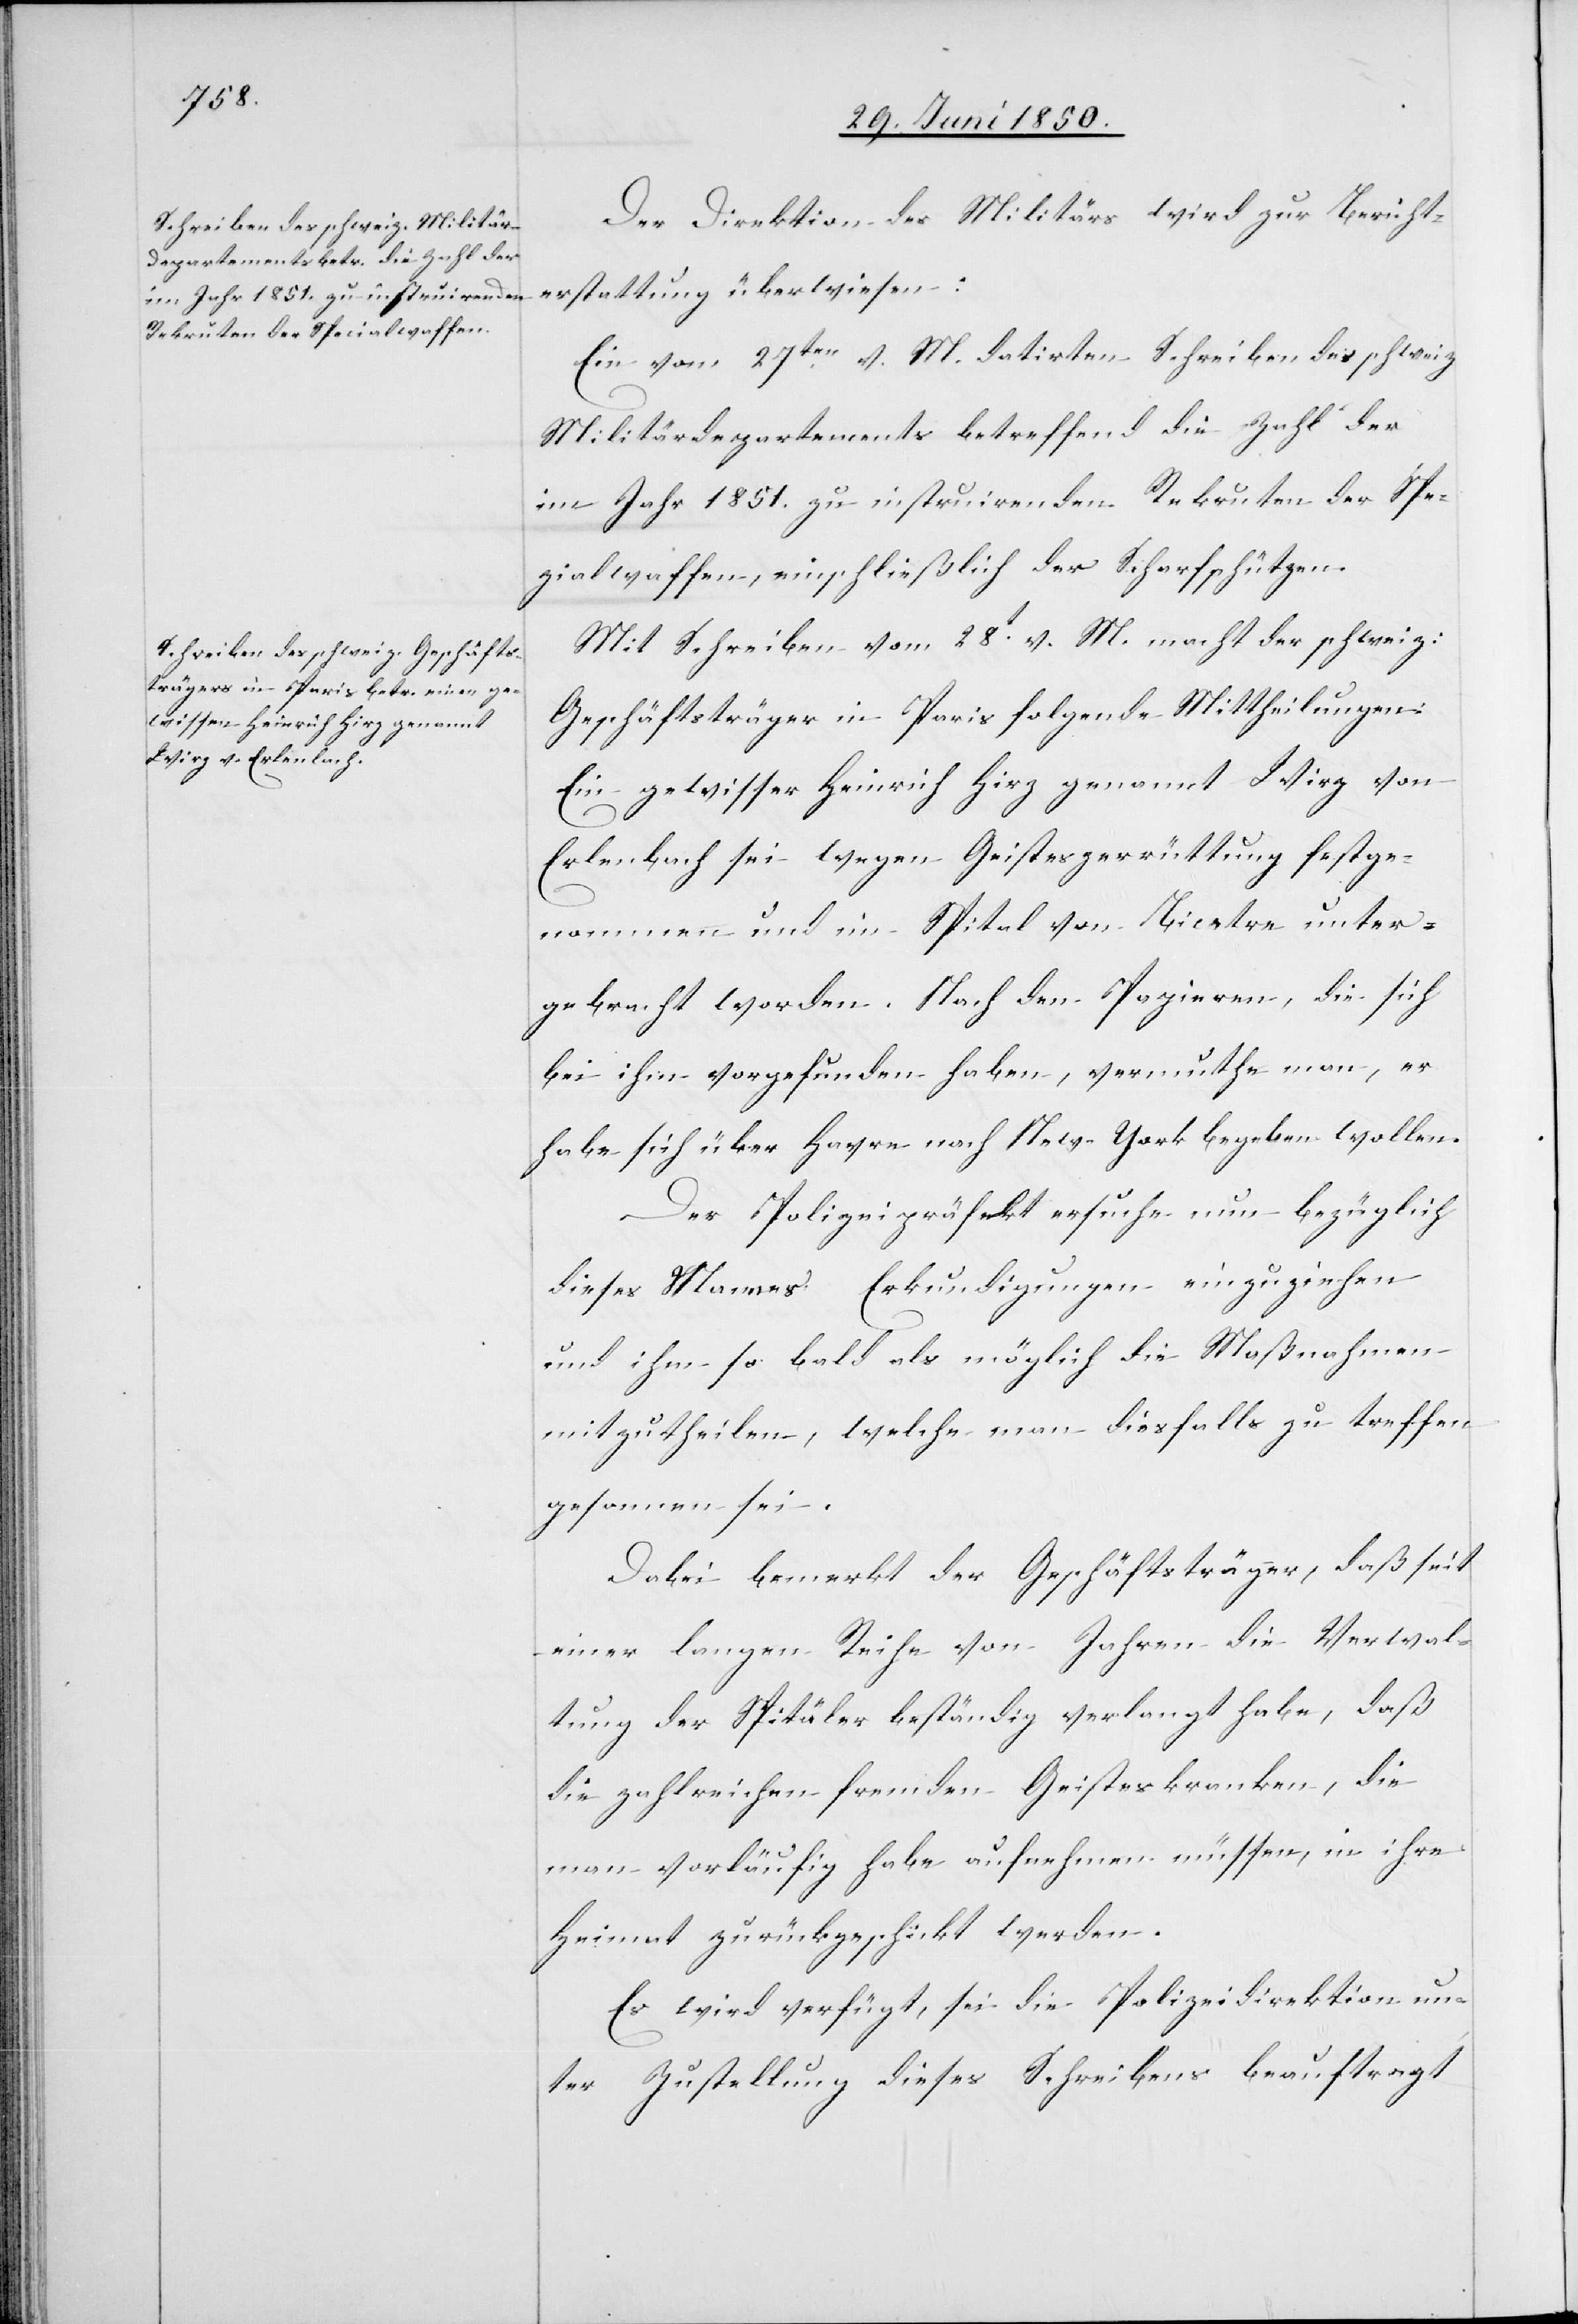
1. Juli 1850.]
Der Direktion des Militärs wird zur Bericht¬
erstattung überwiesen:
Ein vom 27ten v. M. datirtes Schreiben des schweiz
Militärdepartements betreffend die Zahl der
im Jahr 1851. zu instruirenden Rekruten der Spe¬
zialwaffen, einschließlich der Scharfschützen.
Mit Schreiben vom 28t v. M. macht der schweiz:
Geschäftsträger in Paris folgende Mittheilungen:
Ein gewisser Heinrich Hirz genannt Wirz von
Erlenbach sei wegen Geisteszerrüttung festge¬
nommen und im Spital von Bicetre unter¬
gebracht worden. Nach den Papieren, die sich
bei ihm vorgefunden haben, vermuthe man, er
habe sich über Havre nach New-York begeben wollen.
Der Polizeipräfekt ersuche nun bezüglich
dieses Mannes Erkundigungen einzuziehen
und ihm so bald als möglich die Maßnahmen
mitzutheilen, welche man diesfalls zu treffen
gesonnen sei.
Dabei bemerkt der Geschäftsträger, daß seit
einer langen Reihe von Jahren die Verwal¬
tung der Spitäler beständig verlangt habe, daß
die zahlreichen fremden Geisteskranken, die
man vorläufig habe aufnehmen müssen, in ihre
Heimat zurückgeschickt werden.
Es wird verfügt, sei die Polizeidirektion un¬
ter Zustellung dieses Schreibens beauftragt